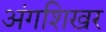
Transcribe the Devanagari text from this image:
अंगशिखर